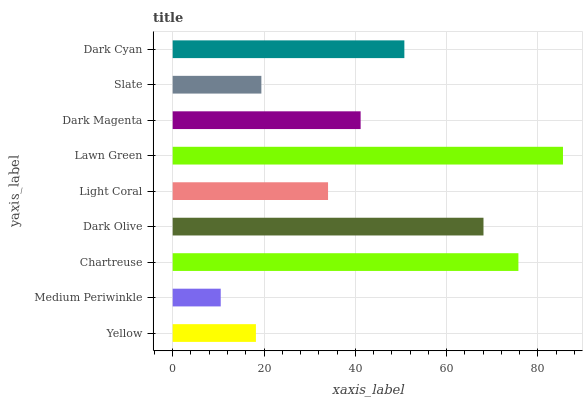
| yaxis_label | bars |
 | --- | --- |
 | Yellow | 18.2 |
 | Medium Periwinkle | 10.5 |
 | Chartreuse | 75.7 |
 | Dark Olive | 68.1 |
 | Light Coral | 34 |
 | Lawn Green | 85.5 |
 | Dark Magenta | 41.2 |
 | Slate | 19.4 |
 | Dark Cyan | 50.7 |